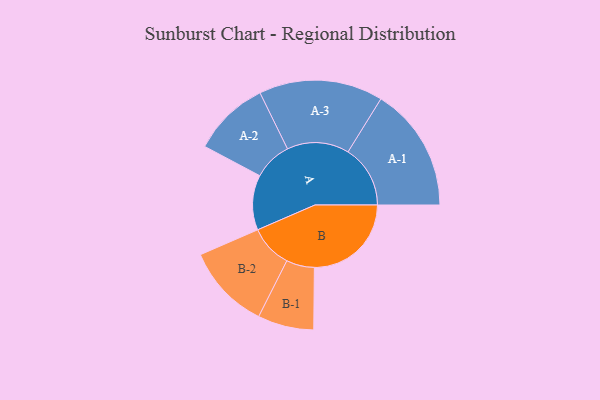
{"axis": {"x": "Segment", "y": "Value"}, "legend": ["", "A", "B"], "data": [{"x": "A", "y": 249, "type": ""}, {"x": "B", "y": 439, "type": ""}, {"x": "A-1", "y": 282, "type": "A"}, {"x": "A-2", "y": 174, "type": "A"}, {"x": "A-3", "y": 281, "type": "A"}, {"x": "B-1", "y": 127, "type": "B"}, {"x": "B-2", "y": 193, "type": "B"}]}